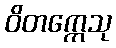
ဝိတက္ကေသု